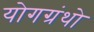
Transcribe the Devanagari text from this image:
योगग्रंथो